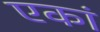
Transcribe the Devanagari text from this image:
एकां